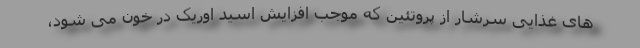
های غذایی سرشار از پروتئین که موجب افزایش اسید اوریک در خون می شود،